Vaccination North-Western Provinces 1866-1877 - 1866-1877
Year: 1866
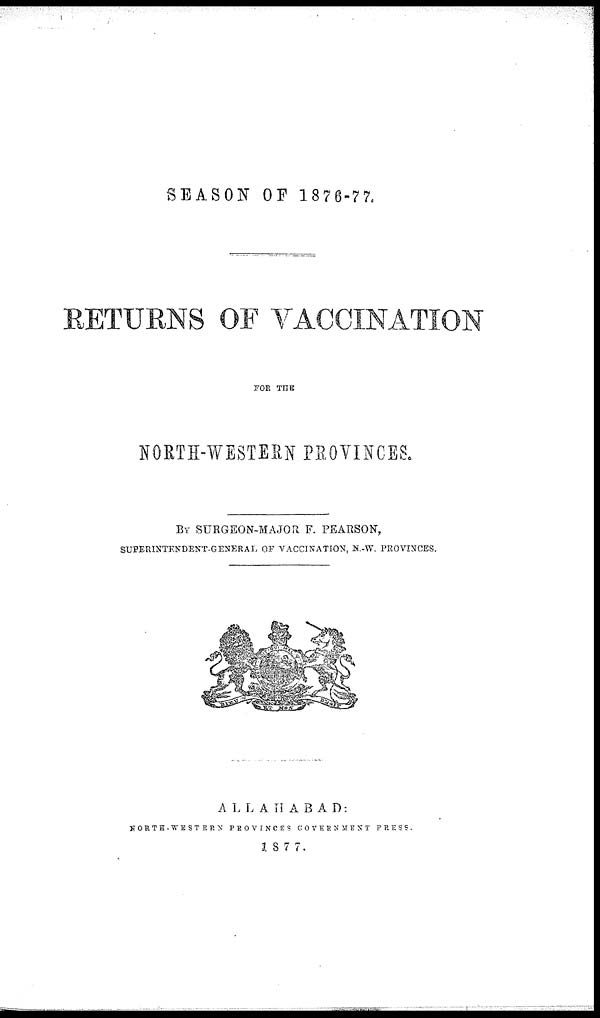
SEASON OF 1876-77.
RETURNS OF VACCINATION
FOR THE
NORTH-WESTERN PROVINCES.
BY SURGEON-MAJOR F. PEARSON,
SUPERINTENDENT-GENERAL OF VACCINATION, N.-W. PROVINCES,
ALLAHABAD:
NORTH-WESTERN PROVINCES GOVERNMENT
PRESS.
1877.